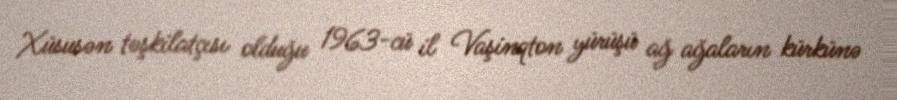
Xüsusən təşkilatçısı olduğu 1963-cü il Vaşinqton yürüşü ağ ağaların kürkünə